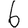
Digit: 6